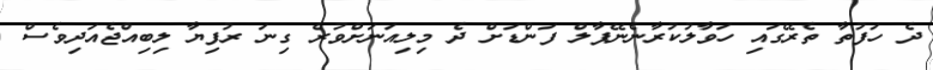
ދެ ހަފުތާ ތެރޭގައި ހަވާލުކުރާނެނޭޕާލް ފަންޑަށް ދެ މިލިއަނަށްވުރެ ގިނަ ރުފިޔާ ލިބިއްޖެއަދިވެސް